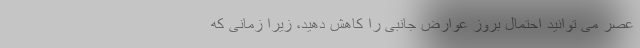
عصر می توانید احتمال بروز عوارض جانبی را کاهش دهید، زیرا زمانی که